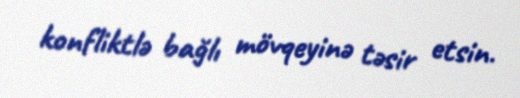
konfliktlə bağlı mövqeyinə təsir etsin.